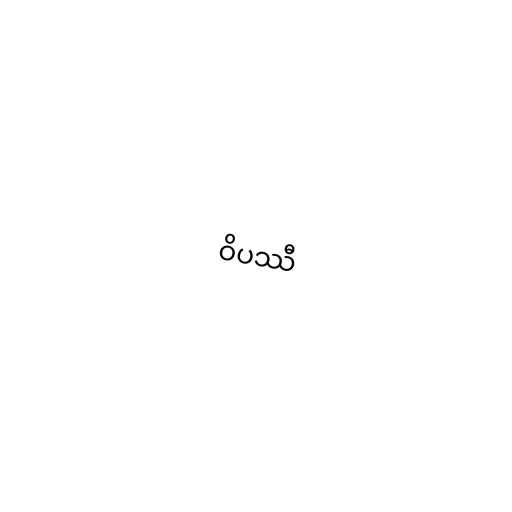
ဝိပဿီ